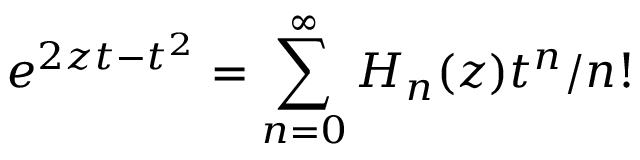
e ^ { 2 z t - t ^ { 2 } } = \sum _ { n = 0 } ^ { \infty } H _ { n } ( z ) t ^ { n } / n !